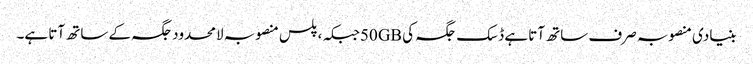
بنیادی منصوبہ صرف ساتھ آتا ہے ڈسک جگہ کی 50GBجبکہ ، پلس منصوبہ لامحدود جگہ کے ساتھ آتا ہے۔